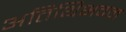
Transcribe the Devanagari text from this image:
अतिथिभवन